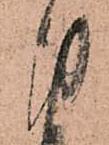
御